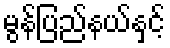
မွန်ပြည်နယ်နှင့်